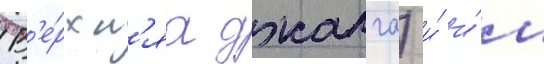
В'е́рхн'яа джалга) и́ и́м